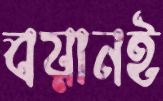
বয়ানই